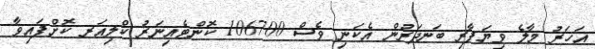
އަހަރު މާލެ ވިޔަފާރި ބަނދަރުން އެކަނި ވެސް 106700 ކޮންޓެއިނަރު ކްލިއަރ ކޮށްފައިވާ